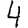
Digit: 4